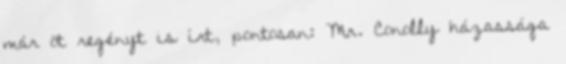
már öt regényt is írt, pontosan: Mr. Conolly házassága